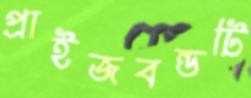
প্রাইজবন্ডটি